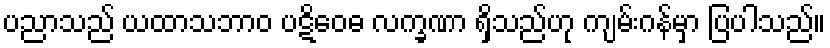
ပညာသည် ယထာသဘာဝ ပဋိဝေဓ လက္ခဏာ ရှိသည်ဟု ကျမ်းဂန်မှာ ပြပါသည်။